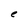
Character: e